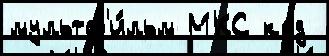
мультф'и́льм МКС код